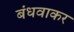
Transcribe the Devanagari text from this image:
बंधवाकर